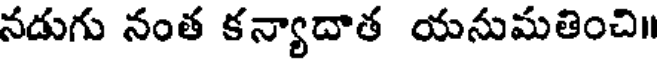
నడుగు నంత కన్యాదాత యనుమతించి॥